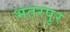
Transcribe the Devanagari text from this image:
भतरपुर